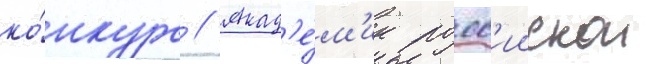
ко́нкурс // Акад'е́м'ик росс'иискои